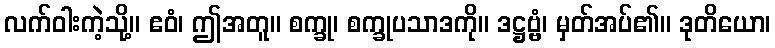
လက်ဝါးကဲ့သို့။ ဧဝံ၊ ဤအတူ။ စက္ခု၊ စက္ခုပသာဒကို။ ဒဋ္ဌဗ္ဗံ၊ မှတ်အပ်၏။ ဒုတိယော၊